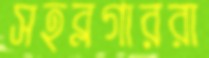
সহব্লগাররা